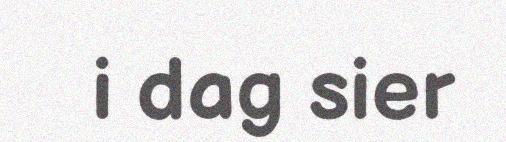
i dag sier